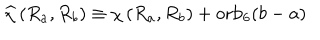
LaTeX: \widehat { \chi } \left( R _ { a } , R _ { b } \right) \equiv \chi \left( R _ { a } , R _ { b } \right) + \mathrm { o r b } _ { 6 } ( b - a )